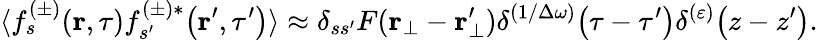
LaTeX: \langle f_{s}^{(\pm)}\! \left(\textbf{r},\tau\right)f_{s^{\prime}}^{(\pm)*}\! \left(\textbf{r}^{\prime},\tau^{\prime}\right)\rangle\approx\delta_{ss^{\prime}}F(\textbf{r}_{\bot}-\textbf{r}_{\bot}^{\prime})\delta^{(1/\Delta\omega)}\! \left(\tau-\tau^{\prime}\right)\delta^{(\varepsilon)}\! \left(z-z^{\prime}\right).